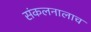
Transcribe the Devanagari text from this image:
संकलनालाच